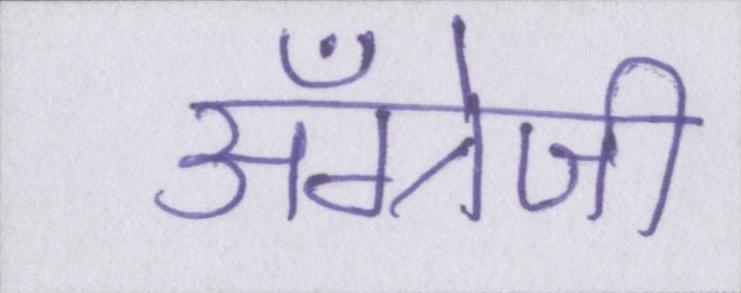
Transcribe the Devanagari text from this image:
अँग्रेजी